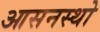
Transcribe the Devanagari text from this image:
आसनस्थो